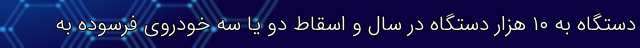
دستگاه به ۱۰ هزار دستگاه در سال و اسقاط دو یا سه خودروی فرسوده به